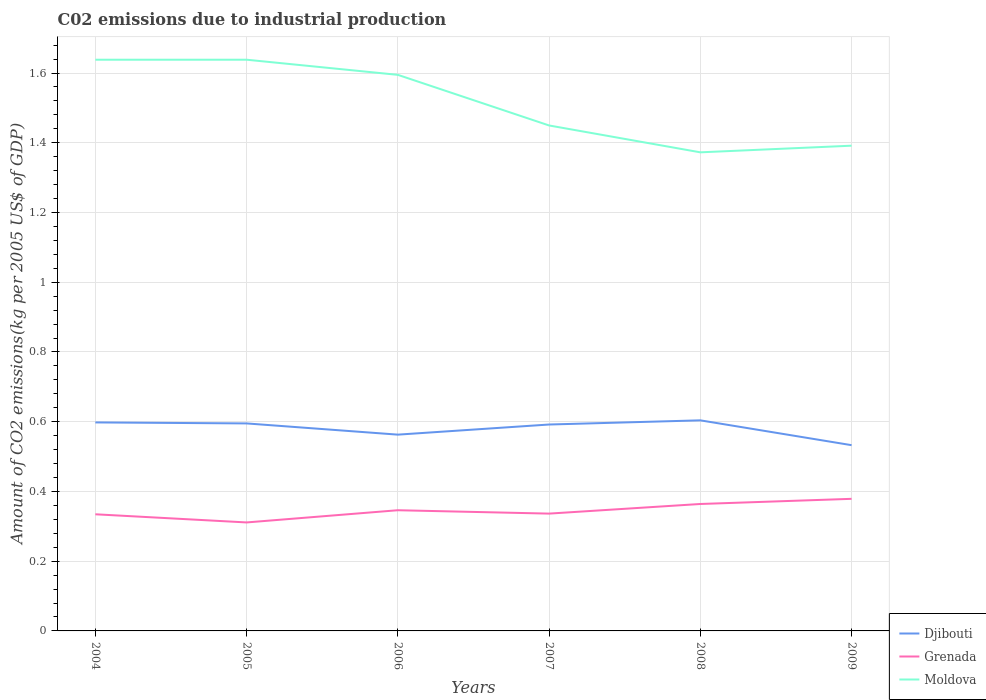
| Years | Djibouti | Grenada | Moldova |
 | --- | --- | --- | --- |
 | 2004 | 0.598 | 0.335 | 1.64 |
 | 2005 | 0.595 | 0.311 | 1.64 |
 | 2006 | 0.563 | 0.346 | 1.59 |
 | 2007 | 0.592 | 0.336 | 1.45 |
 | 2008 | 0.604 | 0.364 | 1.37 |
 | 2009 | 0.533 | 0.379 | 1.39 |